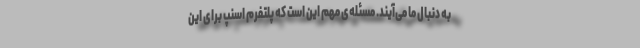
به دنبال ما می‌آیند. مسئله‌ی مهم این است که پلتفرم اسنپ برای این